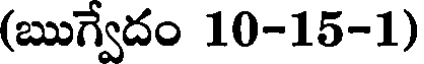
(ఋగ్వేదం 10-15-1)